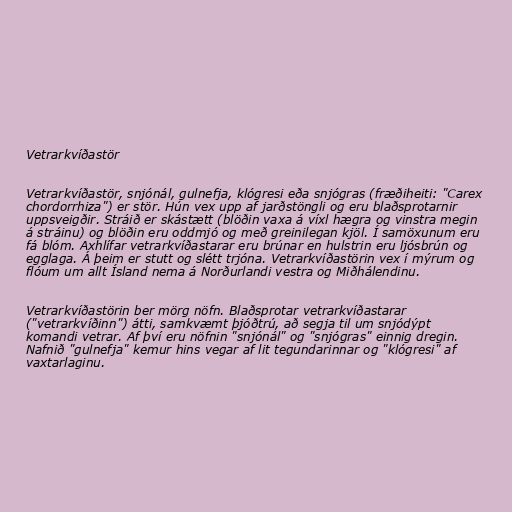
Vetrarkvíðastör

Vetrarkvíðastör, snjónál, gulnefja, klógresi eða snjógras (fræðiheiti: "Carex
chordorrhiza") er stör. Hún vex upp af jarðstöngli og eru blaðsprotarnir
uppsveigðir. Stráið er skástætt (blöðin vaxa á víxl hægra og vinstra megin
á stráinu) og blöðin eru oddmjó og með greinilegan kjöl. Í samöxunum eru
fá blóm. Axhlífar vetrarkvíðastarar eru brúnar en hulstrin eru ljósbrún og
egglaga. Á þeim er stutt og slétt trjóna. Vetrarkvíðastörin vex í mýrum og
flóum um allt Ísland nema á Norðurlandi vestra og Miðhálendinu.

Vetrarkvíðastörin ber mörg nöfn. Blaðsprotar vetrarkvíðastarar
("vetrarkvíðinn") átti, samkvæmt þjóðtrú, að segja til um snjódýpt
komandi vetrar. Af því eru nöfnin "snjónál" og "snjógras" einnig dregin.
Nafnið "gulnefja" kemur hins vegar af lit tegundarinnar og "klógresi" af
vaxtarlaginu.